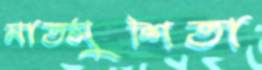
মাতসুশিতা